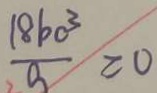
\frac { 1 8 b c ^ { 3 } } { a } = 0